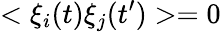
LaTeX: <\xi_{i}(t)\xi_{j}(t^{\prime})>=0